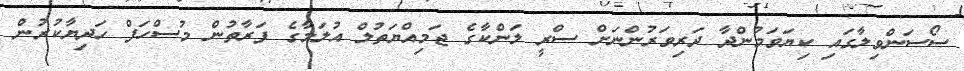
ސޯސަންވިލާގައި ކިޔަވަމުންދާ ދަރިވަރުންނަށް ސްރީ ލަންކާގެ ޖަމިއްޔަތުލް އުލަމާގެ ފަރާތުން މުސްހަފް ހަދިޔާކުރުން